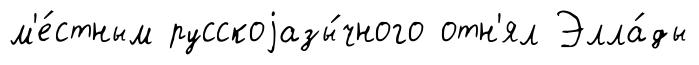
м'е́стным русскоjазы́чного отн'ял Элла́ды